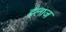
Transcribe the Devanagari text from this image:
ईलाज़